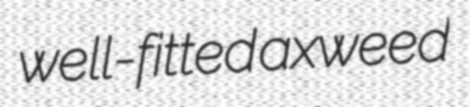
well-fitted axweed